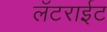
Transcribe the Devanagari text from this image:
लॅटराईट